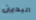
البدين